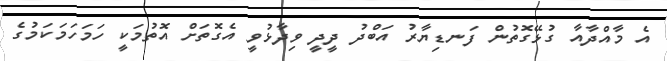
އެ މާއްދާއާ ގުޅޭގޮތުން ފަނޑިޔާރު އަބްދު ދީދީ ވިދާޅުވީ އެގޮތަށް އޮތުމަކީ ހަމަހަމަކަމުގެ